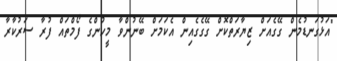
"އަޅުގަނޑުމެން ގޭގެއަށް ޒިޔާރަތްކޮށް ގޭގެގެއިން އެކަމަށް ބޭނުންވާ މީހުންގެ ފޯމްތައް ފުރާ ސަރުކާރާ